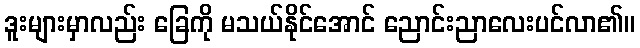
ဒူးများမှာလည်း ခြေကို မသယ်နိုင်အောင် ညောင်းညာလေးပင်လာ၏။